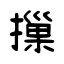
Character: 摷